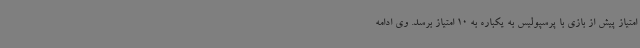
امتیاز پیش از بازی با پرسپولیس به یکباره به 10 امتیاز برسد. وی ادامه